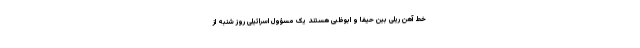
خط آهن ریلی بین حیفا و ابوظبی هستند یک مسؤول اسرائیلی روز شنبه از